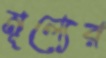
মূল্যের